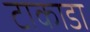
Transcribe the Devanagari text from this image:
टाकाडा